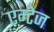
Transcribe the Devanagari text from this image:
एम्टेज